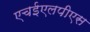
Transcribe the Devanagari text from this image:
एचईएलपीएस